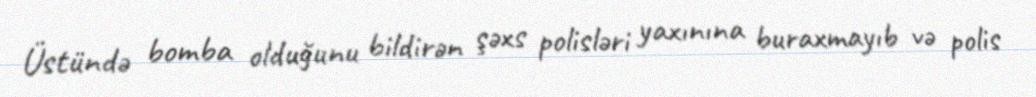
Üstündə bomba olduğunu bildirən şəxs polisləri yaxınına buraxmayıb və polis